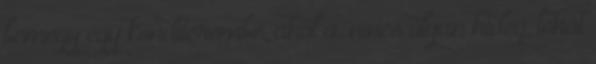
bemegy egy konditerembe, ahol a. nincs olyan hideg, tehát